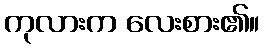
ကုလားက လေးစား၏။